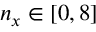
n _ { x } \in [ 0 , 8 ]